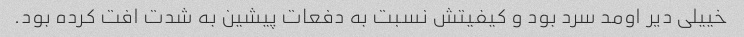
خییلی دیر اومد سرد بود و کیفیتش نسبت به دفعات پیشین به شدت افت کرده بود.